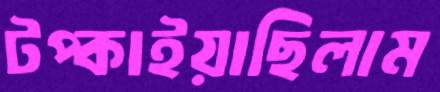
টপ্‌কাইয়াছিলাম